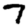
Digit: 7